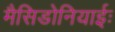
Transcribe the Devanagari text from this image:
मैसिडोनियाईः